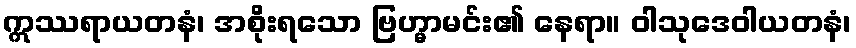
ဣဿရာယတနံ၊ အစိုးရသော ဗြဟ္မာမင်း၏ နေရာ။ ဝါသုဒေဝါယတနံ၊